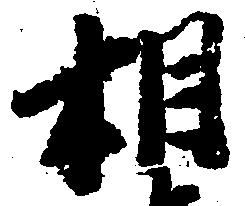
相